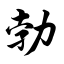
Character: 勃